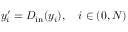
y _ { i } ^ { \prime } = D _ { \mathrm { i n } } ( y _ { i } ) , \quad i \in ( 0 , N )